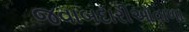
જવાબદારીઓવાળા